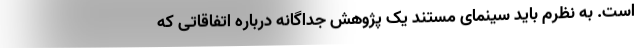
است. به نظرم باید سینمای مستند یک پژوهش جداگانه درباره اتفاقاتی که